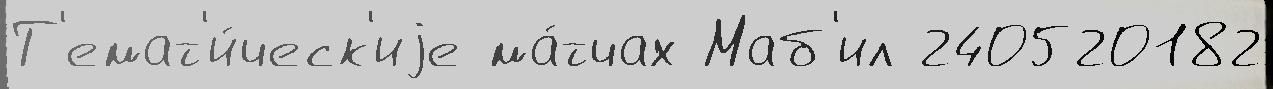
Т'емат'и́ческ'иjе ма́тчах Маб'ил 240520182